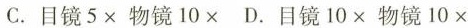
C.目镜5×物镜10× D.目镜10×物镜10×